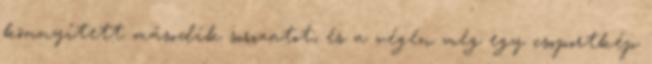
könnyített második sorozatot, és a végén még egy csoportkép